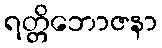
ရတ္တိဘောဇနာ